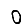
Digit: 0